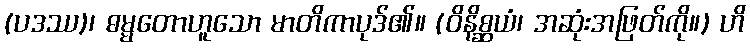
(ပဒဿ)၊ ဓမ္မတောဟူသော မာတိကာပုဒ်၏။ (ဝိနိစ္ဆယံ၊ အဆုံးအဖြတ်ကို။) ဟိ